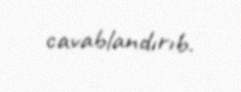
cavablandırıb.